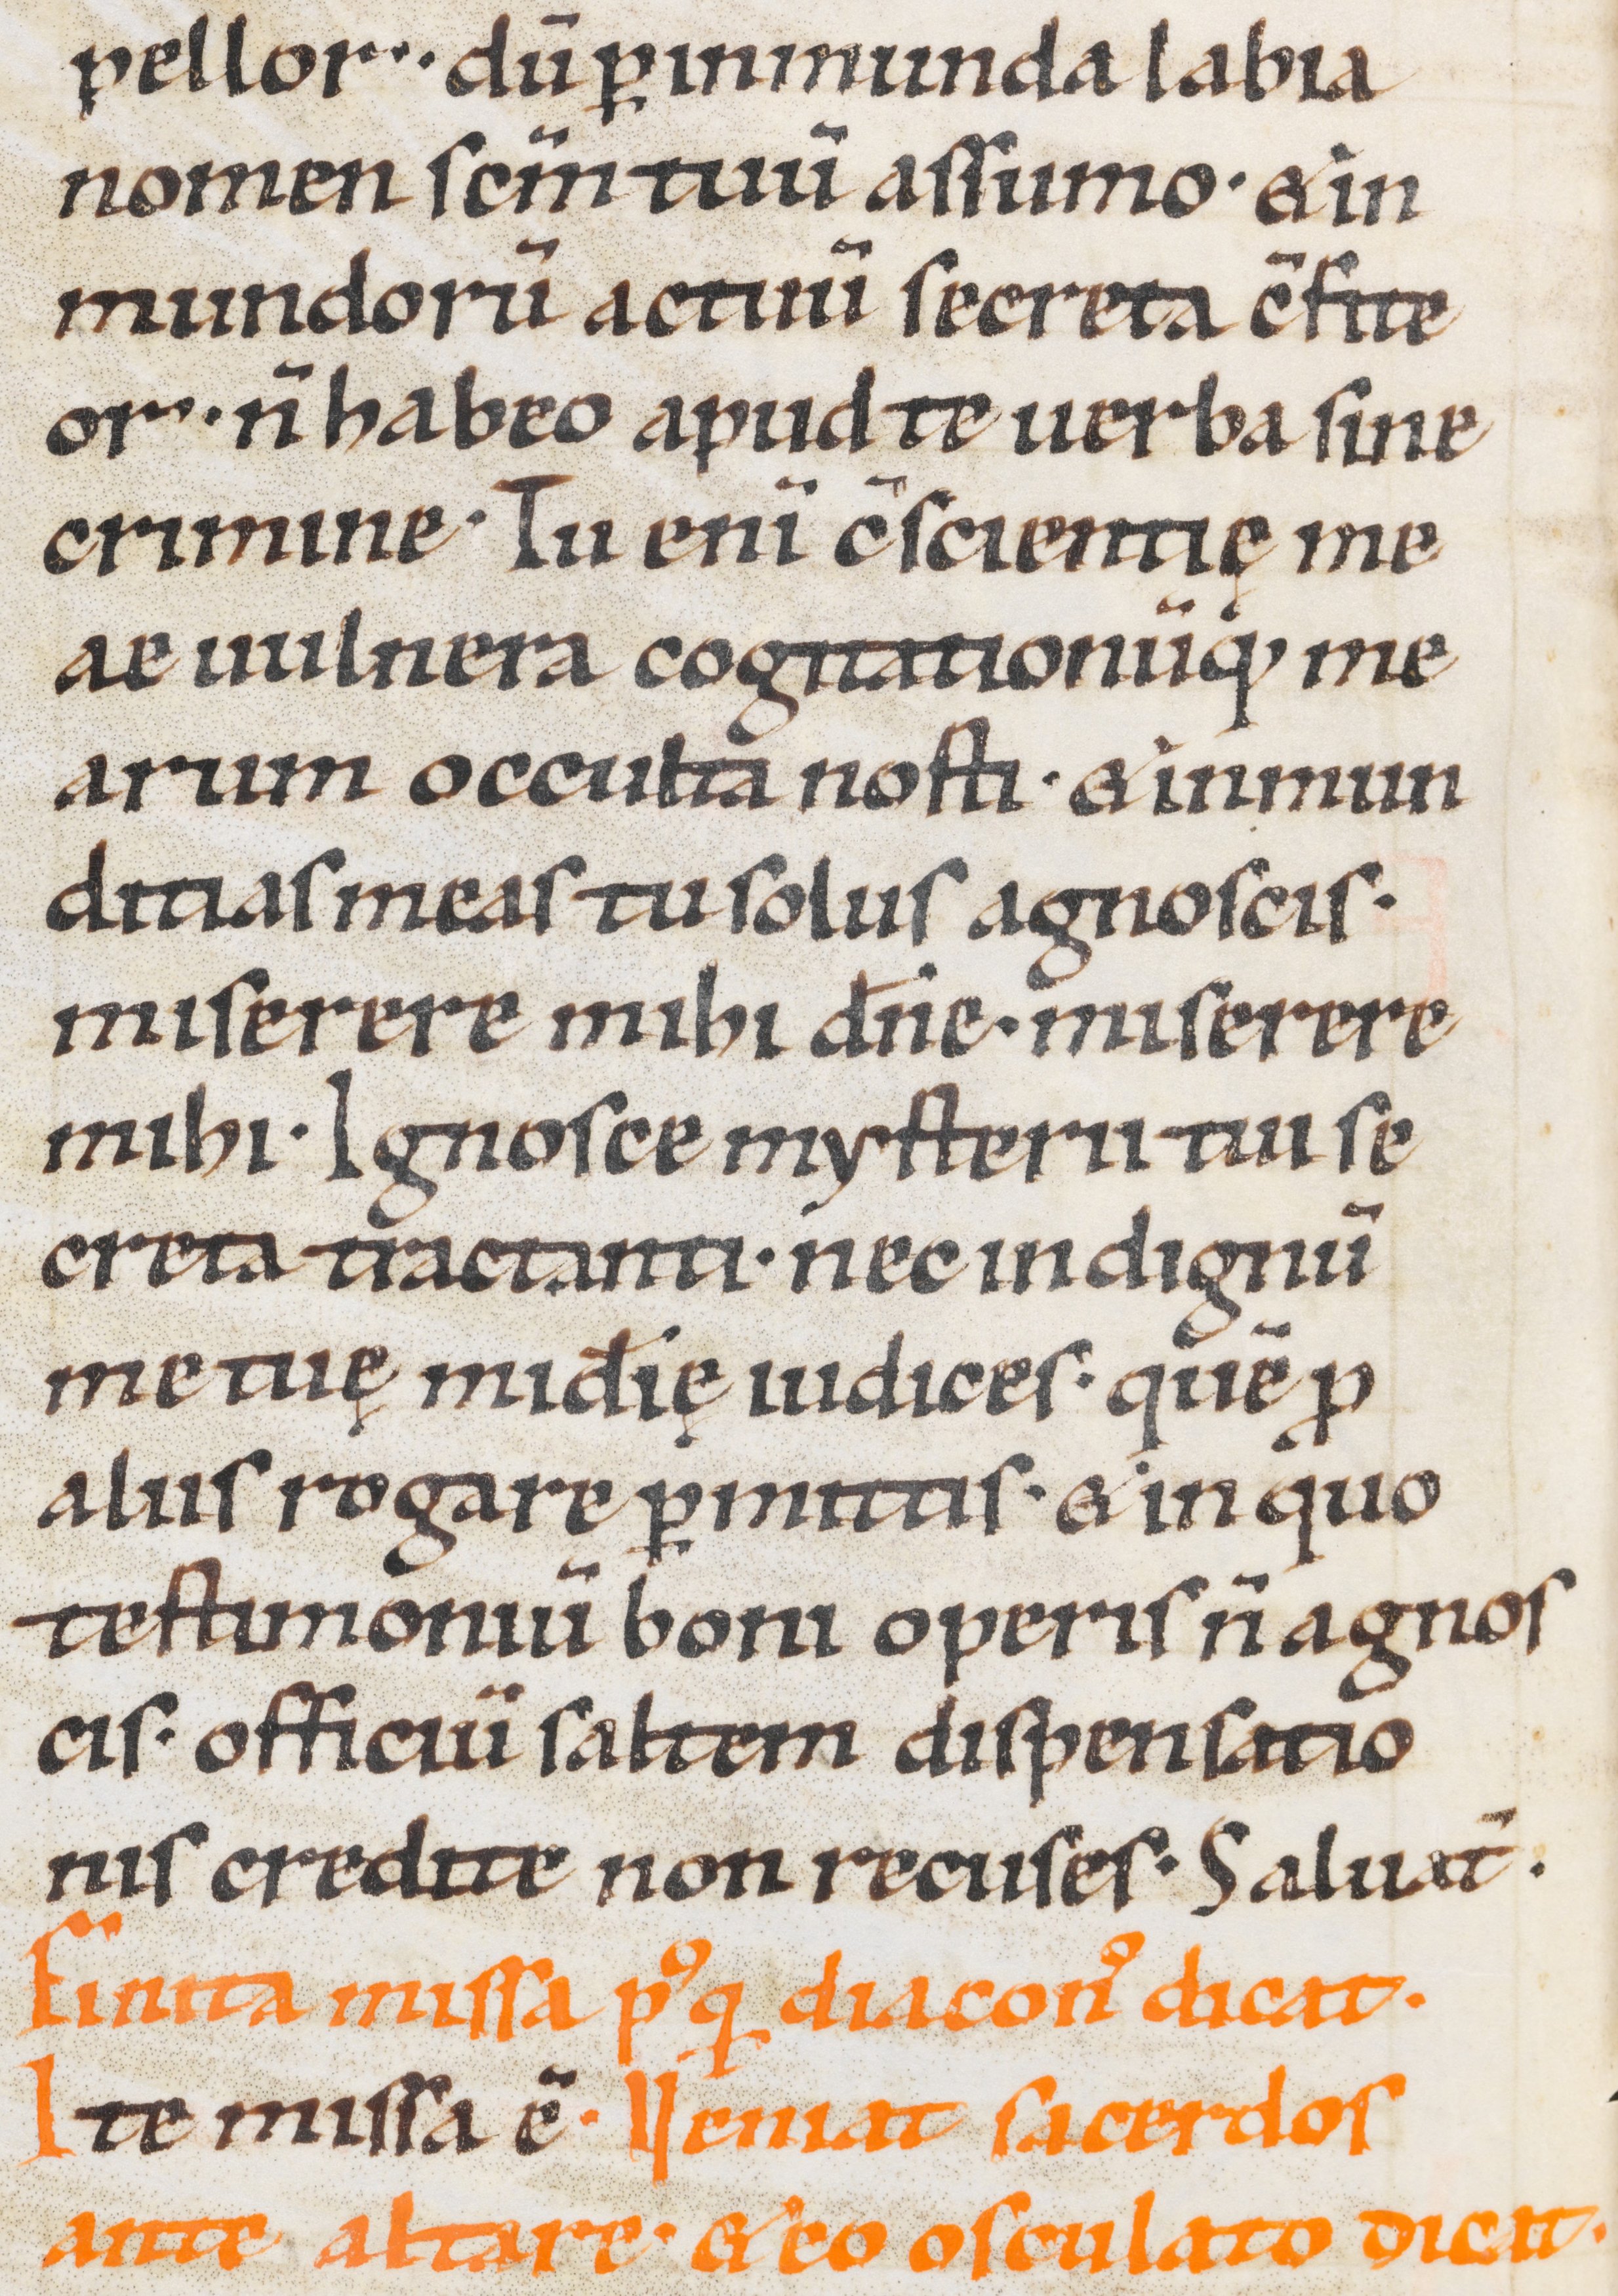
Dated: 1000–1099